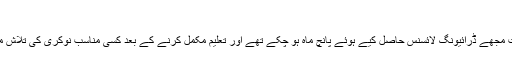
‘
’اس وقت مجھے ڈرائیونگ لائسنس حاصل کیے ہوئے پانچ ماہ ہو چکے تھے اور تعلیم مکمل کرنے کے بعد کسی مناسب نوکری کی تلاش میں تھی۔